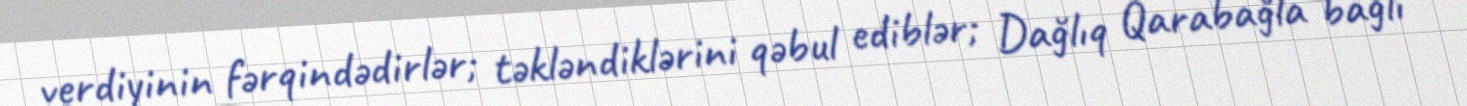
verdiyinin fərqindədirlər; təkləndiklərini qəbul ediblər; Dağlıq Qarabağla bağlı